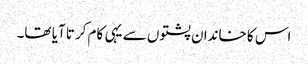
اس کا خاندان پشتوں سے یہی کام کرتا آیا تھا۔